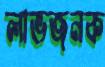
লাভজনক